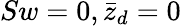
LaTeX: Sw=0,\bar{z}_{d}=0